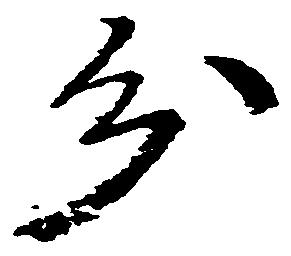
分